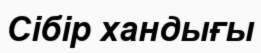
Сібір хандығы